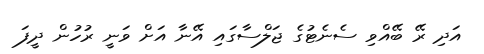
އަދި ރޭ ބޭއްވި ސެނެޓުގެ ޖަލްސާގައި އޭނާ އަށް ވަނީ ރުހުން ދީފަ